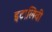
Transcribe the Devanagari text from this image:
इटालिवी